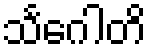
သင်္ဂေါတိ